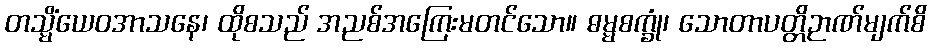
တသ္မိံယေဝအာသနေ၊ ထိုစသည် အညစ်အကြေးမတင်သော။ ဓမ္မစက္ခုံ၊ သောတာပတ္တိဉာဏ်မျက်စိ